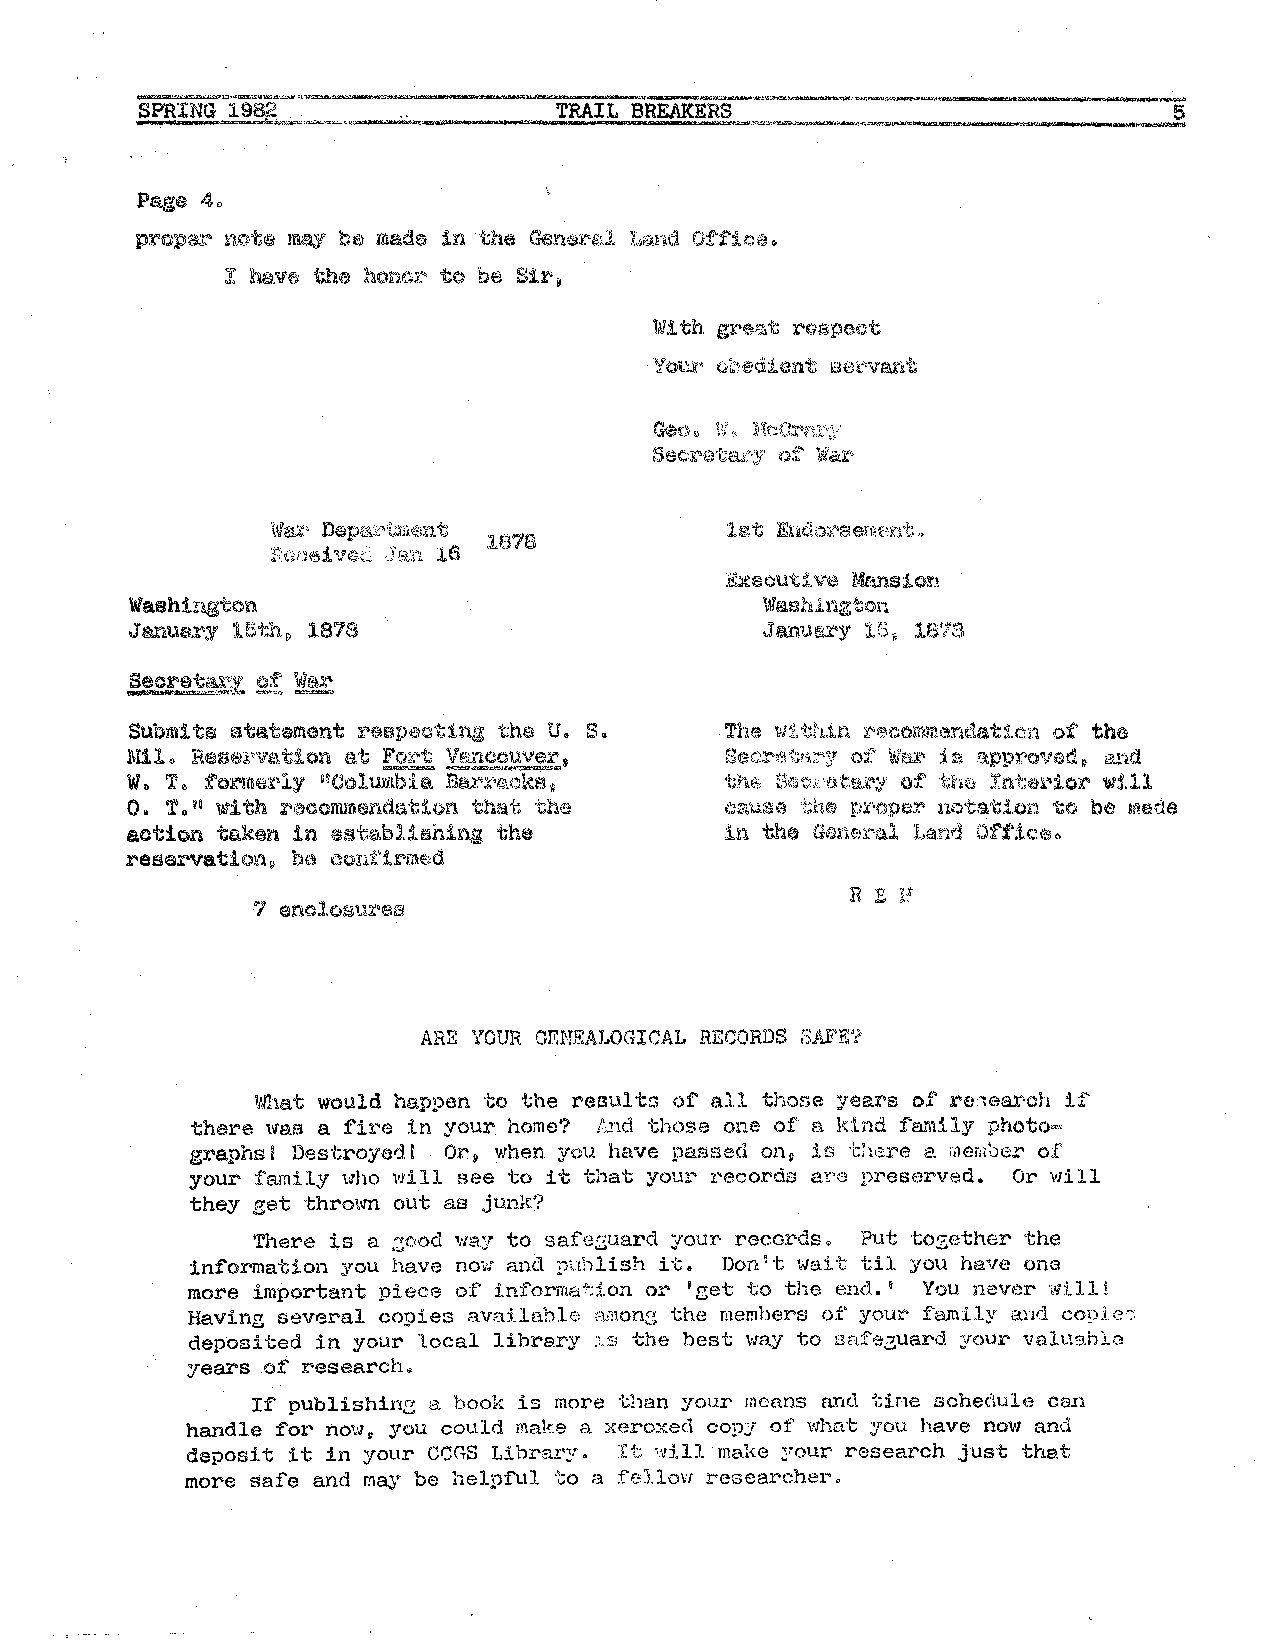
Pt:1.t1e 4.
 p:t"Olpar nott, ma;r bG made in 'the Ger1.er1;J. Land O:f"fice.
 I have the honor to be Bir,
 With gre!lt ruspect
 ~ o. W. Mc{Jrgx•y
 Sec1"ete.. r·;y· of Wal"
 \.\1ax' Dap1Z-:t•'i;m.~Jr1t
 Rtweive;;:'; ,J!li\:n l 6
 E:xecuti Vt'J Mansion
 Washington.                              Washin,eton
 Jemua~y 151~ 0 1878                      J anU!''!..!'Y 16 f, 16'78,
 Submits statement reep,:H';lti.ng the U. S. The wt.i ~hln r~icommendatic,n of ths
 Mil. Re~f.lll'Vertion at Fi:n:~t Veu1couver,    of W&:1:' :h, ~¾.pp:r.-ovod • tl'J'l:d
 Wo 'l'. f'orm.~rly 11C;olum.bia riii~'  ·the, S;1;;ot·1'.\t;!:U";:I' ot ·hh.e 1:nt8t·ior ·1,.d.ll
 O. T. 10 with i~~conun.:.mds:bion that ·cha oau.sa thr.;1 px·c}per· not11tior.i. to be made
 action taken in estabJ.-'.5ihi~. the    in the Garle:i."'al !,and Off'k~.
 resarvaticm,i ba confirmed
 7 enolosuz·as
 ARE YOUR GKNEALOGICAL RECORDS i3AFE'?
 What would hapi,en t;o the results of all tho~e years of re:1earch 1.:f
 there was a fir e in your home? And those one of a ldnd fa.11ily photo
 graphs I Destroyed I Or, when you have pas~rnd on, iG t!1<':)l"e e. me,110er of
 your family \Jho will see to it that your records ar·e preserved. Or will
 they get thrown out as junk?
 There is a ,-:ood 1;1ay to safe,zuarcl your records. Put to,zether the
 information you have now and i,ublish it. Don It wait til you have one
 more important piece of informati.on or 'get to the end. ' You never will!
 Having several copies available a.mo~ the members of your family and cotd es
 deposited in your local libre.ry :1.s the best way to safe,zuard your valu:J.hle
 years of research.
 If publishin~ a book is more than your means and tine schedule can
 handle for now, you could make a xeroxed cop~; of what you have now and
 deposit it in your CGGS Library. It will make your research just the.t
 more sa:fe and may be helpful -co a :fellow researcher.